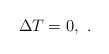
\begin{align*}\Delta T = 0, \ .\end{align*}